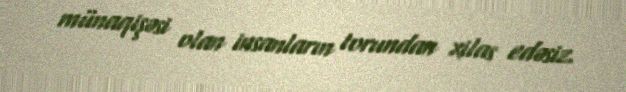
münaqişəsi olan insanların torundan xilas edəsiz.